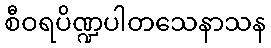
စီဝရပိဏ္ဍပါတသေနာသန